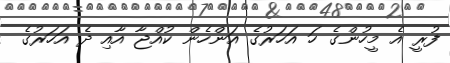
ފުރީ އެ މީހުންގެ ހަ އަހަރުގެ އަންހެން ކުއްޖާ އާއި ދެ އަހަރުގެ